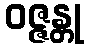
ဝဇ္ဇန္တု